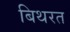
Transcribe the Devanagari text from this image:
बिथरत